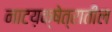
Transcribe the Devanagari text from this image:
नाटय़क्षेत्रातील